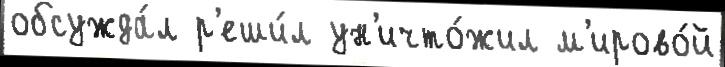
обсужда́л р'еши́л ун'ичто́жил м'ирово́й